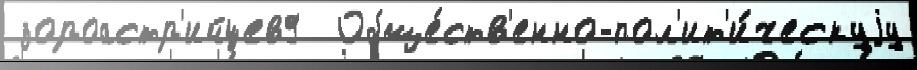
 зороастр'ийцев9  Обще́ств'енно-пол'ит'и́ческуjу